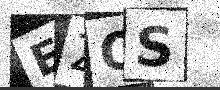
Text: EZQS